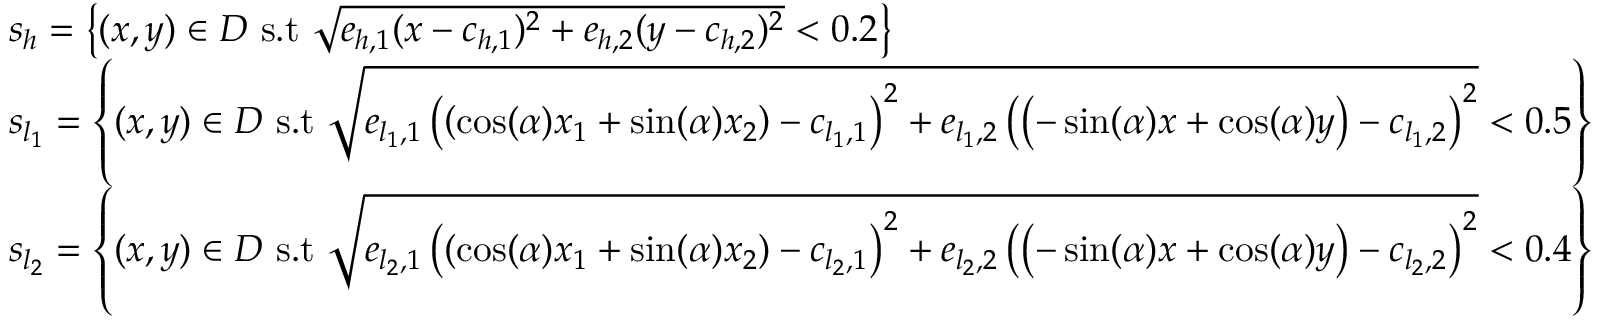
\begin{array} { r l } & { s _ { h } = \left\{ ( x , y ) \in D ~ \mathrm { s . t } ~ \sqrt { e _ { h , 1 } ( x - c _ { h , 1 } ) ^ { 2 } + e _ { h , 2 } ( y - c _ { h , 2 } ) ^ { 2 } } < 0 . 2 \right\} } \\ { \ } & { s _ { l _ { 1 } } = \left\{ ( x , y ) \in D ~ \mathrm { s . t } ~ \sqrt { e _ { l _ { 1 } , 1 } \left( \left( \cos ( \alpha ) x _ { 1 } + \sin ( \alpha ) x _ { 2 } \right) - c _ { l _ { 1 } , 1 } \right) ^ { 2 } + e _ { l _ { 1 } , 2 } \left( \left( - \sin ( \alpha ) x + \cos ( \alpha ) y \right) - c _ { l _ { 1 } , 2 } \right) ^ { 2 } } < 0 . 5 \right\} } \\ & { s _ { l _ { 2 } } = \left\{ ( x , y ) \in D ~ \mathrm { s . t } ~ \sqrt { e _ { l _ { 2 } , 1 } \left( \left( \cos ( \alpha ) x _ { 1 } + \sin ( \alpha ) x _ { 2 } \right) - c _ { l _ { 2 } , 1 } \right) ^ { 2 } + e _ { l _ { 2 } , 2 } \left( \left( - \sin ( \alpha ) x + \cos ( \alpha ) y \right) - c _ { l _ { 2 } , 2 } \right) ^ { 2 } } < 0 . 4 \right\} } \end{array}